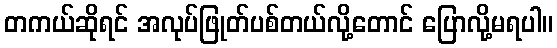
တကယ်ဆိုရင် အလုပ်ဖြုတ်ပစ်တယ်လို့တောင် ပြောလို့မရပါ။